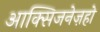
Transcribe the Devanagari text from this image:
आक्सिजनेज़हो